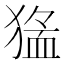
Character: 𱮖